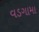
વડગામા